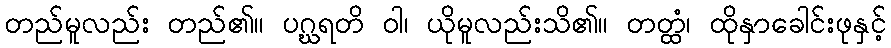
တည်မူလည်း တည်၏။ ပဂ္ဃရတိ ဝါ၊ ယိုမူလည်းသိ၏။ တတ္ထံ၊ ထိုနှာခေါင်းဖုနှင့်